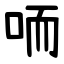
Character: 㖇